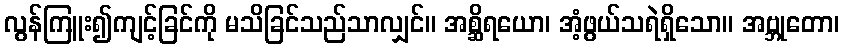
လွန်ကြူး၍ကျင့်ခြင်ကို မသိခြင်သည်သာလျှင်။ အစ္ဆိရယော၊ အံ့ဖွယ်သရဲရှိသော။ အဗ္ဘုတော၊